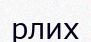
рлих